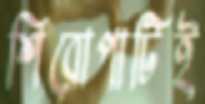
শিরোপাটিই